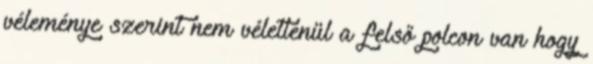
véleménye szerint nem véletlenül a felső polcon van hogy